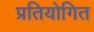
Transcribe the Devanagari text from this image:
प्रतियोगित